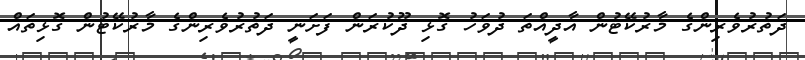
ދަތުރުވެރިންގެ މާރުކޭޓުން އާދީއްތަ ދުވަހު ގޮޅި ދޫކުރަން ފަށަނީ ދަތުރުވެރިންގެ މާރުކޭޓުން ގޮޅިތައް